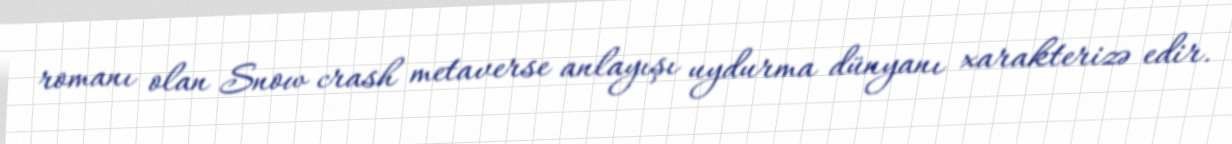
romanı olan Snow crash metaverse anlayışı uydurma dünyanı xarakterizə edir.